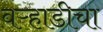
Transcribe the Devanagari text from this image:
वऱ्हाडीचा